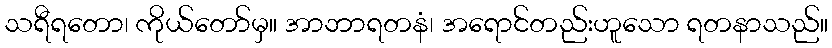
သရီရတော၊ ကိုယ်တော်မှ။ အာဘာရတနံ၊ အရောင်တည်းဟူသော ရတနာသည်။